Report on plague in the Punjab from October 1st ... to September 30th ..., being the ... season of plague in the province
Disease focus: Plague
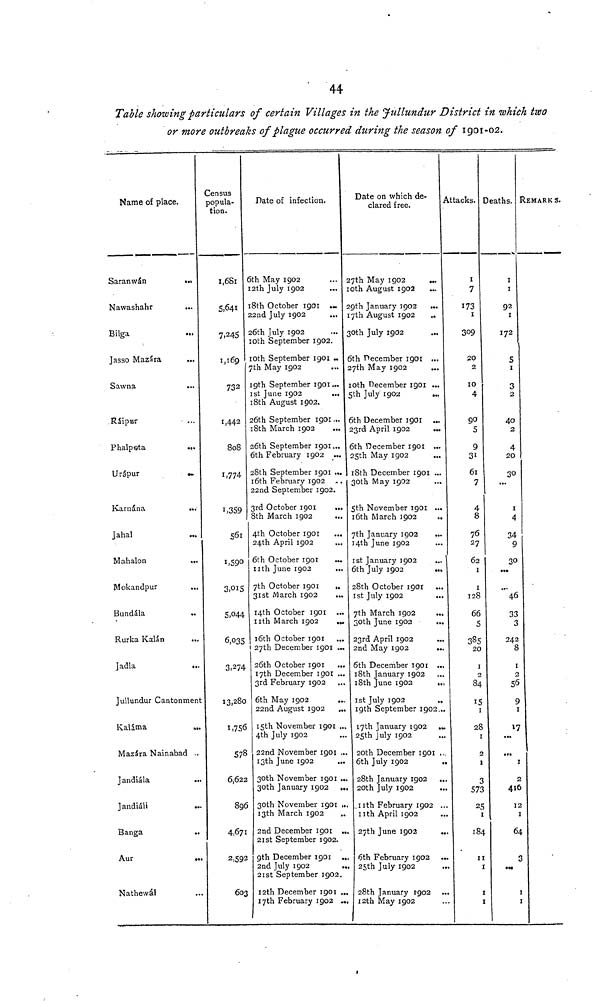
44
Table showing particulars of certain Villages in the Jullundur District in which two
or more outbreaks of plague occurred during the season of 1901-02.
Name of place.
Saranwan
Nawashahr
Bilga
Jasso Mazára
...
Sawna
...
Ráipur
Phalpsta
...
Urápur
Karnána
Jahal
Mahalon
...
Mokandpur
...
Bundala
Rurka Kalán
Jadla
Jullundur Cantonmen
Kaldma
Mazára Nainabad
Jandiála
Jandiáli
.
Banga
Aur
Nathewál
Census
popula-
tion.
1681
7,245
1,169
732
1,442
808
1,774
561
1590
3,015
5,°44
6,035
3,274
13,280
1,756
578
6,622
896
4,671
2,592
603
Date of infection.
6th May 1902
12th July 1902
18th October 1901 ...
22nd July 1902
26th July 1902
10th September 1902.
10th September 1901 ..
7th May 1902
19th September 1901...
1st June 1902
...
18th August 1902.
26th September 1901..,
18th March 1902
26th September 1901...
6th February 1902 ..
28th September 1901 ..
16th February 1902
22nd September 1902.
3rd October 1901
8th March 1902
4th October 1901
24th April 1902
6th October 1901
...
nth June 1902
7th October 1901
31st March 1902
14th October 1901
nth March 1902
..
16th October 1901
27th December 1901 ..
26th October 1901
17th December 1901 ..
3rd February 1902
6th May 1902
22nd August 1902
15th November 1901
4th July 1902
22nd November 1901
13th June 1902
30th November 1901 .
30th January 1902 .
30th November 1901
13th March 1902
2nd December 1901
21st September 1902.
9th December 1901
2nd July 1902
21st September 1902.
12th December 1901 .
17th February 1902
Date on which de-
clared free.
27th May 1902
...
10th August 1902
29th January 1902 ...
17th August 1902
30th July 1902
...
6th December 1901 ...
27th May 1902
...
10th December 1901 ...
5th July 1902
...
6th December 1901 ...
23rd April 1902
6th December 1901 ...
25th May 1902
18th December 1901 ..
30th May 1902
5th November 1901 ..
16th March 1902
7th January 1902
14th June 1902
1st January 1902
6th July 1902
...
28th October 1901
1st July 1902
7th March 1902
30th June 1902
..
. 23rd April 1902
. 2nd May 1902
. 6th December 1901 ..
18th January 1902
18th June 1902
..
1st July 1902
..
19th September 1902
17th January 1902
.. 25th July 1902
.. 20th December 1901 .
6th July 1902
28th January 1902
20th July 1902
11th
February 1902 .
11th April 1902
27th June 1902
.
6th February 1902
25th July 1902
28th January 1902
12th May 1902
Attacks.
I
7
173
1
309
20
2
10
4
90
5
9
31
61
7
4
8
76
27
62
1
1
128
66
5
385
20
1
2
84
15
1
28
1
2
1
3
573
25
1
184
11
1
1
1
Deaths.
I
1
92
I
172
5
1
3
2
40
2
4
20
30
1
4
34
9
30
"'46
33
3
242
8
1
56
9
1
17
1
2
416
12
1
64
3
I
I
REMARKS.